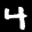
Label: 4